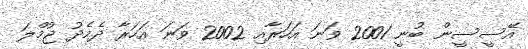
އޭސީސީން ބުނީ 2001 ވަނަ އަހަރާއި 2002 ވަނަ އަހަރާ ދެމެދު ޖުމްލަ